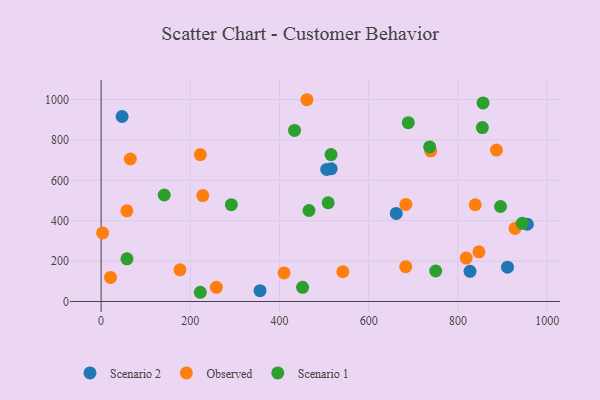
{"axis": {"x": "Speed", "y": "Sales"}, "legend": ["Observed", "Scenario 1", "Scenario 2"], "data": [{"x": "661.8", "y": 436.0, "type": "Scenario 2"}, {"x": "505.8", "y": 654.2, "type": "Scenario 2"}, {"x": "827.1", "y": 149.7, "type": "Scenario 2"}, {"x": "911.1", "y": 170.0, "type": "Scenario 2"}, {"x": "955.7", "y": 382.5, "type": "Scenario 2"}, {"x": "515.9", "y": 657.4, "type": "Scenario 2"}, {"x": "47.1", "y": 916.1, "type": "Scenario 2"}, {"x": "356.3", "y": 53.8, "type": "Scenario 2"}, {"x": "57.7", "y": 449.0, "type": "Observed"}, {"x": "21.1", "y": 119.3, "type": "Observed"}, {"x": "3.4", "y": 339.6, "type": "Observed"}, {"x": "683.3", "y": 481.0, "type": "Observed"}, {"x": "461.4", "y": 999.3, "type": "Observed"}, {"x": "410.2", "y": 141.5, "type": "Observed"}, {"x": "738.9", "y": 746.1, "type": "Observed"}, {"x": "847.1", "y": 245.8, "type": "Observed"}, {"x": "838.8", "y": 479.1, "type": "Observed"}, {"x": "928.0", "y": 361.8, "type": "Observed"}, {"x": "542.0", "y": 147.3, "type": "Observed"}, {"x": "222.4", "y": 727.5, "type": "Observed"}, {"x": "818.6", "y": 215.0, "type": "Observed"}, {"x": "258.4", "y": 70.3, "type": "Observed"}, {"x": "228.0", "y": 524.4, "type": "Observed"}, {"x": "176.8", "y": 157.1, "type": "Observed"}, {"x": "886.4", "y": 749.9, "type": "Observed"}, {"x": "65.5", "y": 705.7, "type": "Observed"}, {"x": "682.9", "y": 172.6, "type": "Observed"}, {"x": "509.0", "y": 489.0, "type": "Scenario 1"}, {"x": "944.1", "y": 387.1, "type": "Scenario 1"}, {"x": "515.5", "y": 727.6, "type": "Scenario 1"}, {"x": "141.5", "y": 527.4, "type": "Scenario 1"}, {"x": "292.0", "y": 479.6, "type": "Scenario 1"}, {"x": "688.7", "y": 885.4, "type": "Scenario 1"}, {"x": "895.5", "y": 470.4, "type": "Scenario 1"}, {"x": "736.6", "y": 765.6, "type": "Scenario 1"}, {"x": "466.1", "y": 450.6, "type": "Scenario 1"}, {"x": "750.2", "y": 151.0, "type": "Scenario 1"}, {"x": "854.8", "y": 861.2, "type": "Scenario 1"}, {"x": "856.3", "y": 983.3, "type": "Scenario 1"}, {"x": "451.7", "y": 70.1, "type": "Scenario 1"}, {"x": "57.9", "y": 211.4, "type": "Scenario 1"}, {"x": "433.7", "y": 847.5, "type": "Scenario 1"}, {"x": "222.4", "y": 45.7, "type": "Scenario 1"}]}